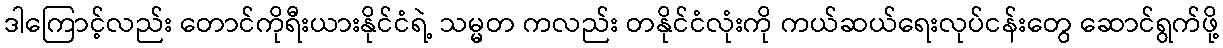
ဒါကြောင့်လည်း တောင်ကိုရီးယားနိုင်ငံရဲ့ သမ္မတ ကလည်း တနိုင်ငံလုံးကို ကယ်ဆယ်ရေးလုပ်ငန်းတွေ ဆောင်ရွက်ဖို့